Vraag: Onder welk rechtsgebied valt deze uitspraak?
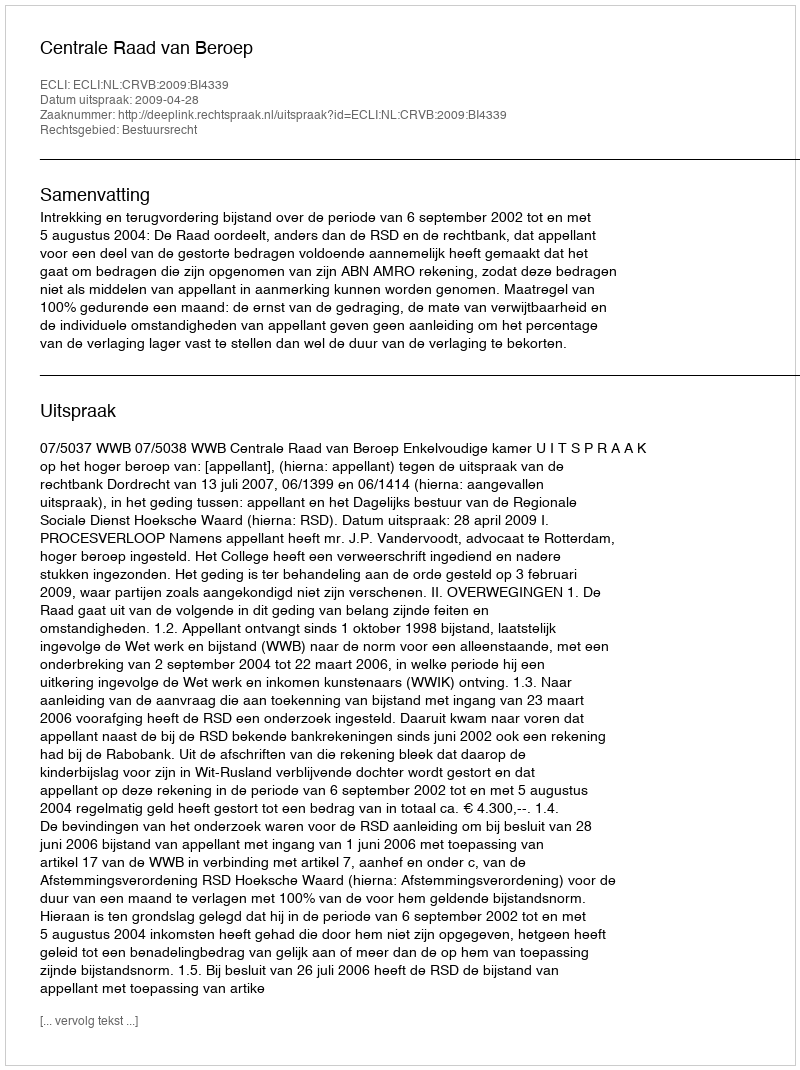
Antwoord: Bestuursrecht